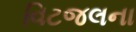
વિટજલના